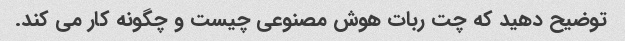
توضیح دهید که چت ربات هوش مصنوعی چیست و چگونه کار می کند.